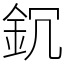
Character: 䤟